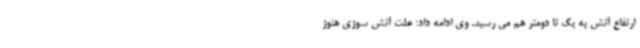
ارتفاع آتش به یک تا دومتر هم می رسید. وی ادامه داد: علت آتش سوزی هنوز